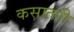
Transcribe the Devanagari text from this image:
कसातरी